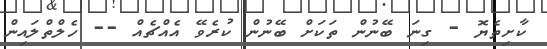
ކާށިތެޔޮ - ގިނަ ބޭނުން ތަކަށް ބޭނުން ކުރެވޭ އެއްޗެއް -- ހެލްތްލައިން